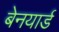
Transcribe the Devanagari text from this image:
बेनयार्ड